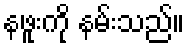
နဖူးကို နမ်းသည်။